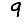
Digit: 9